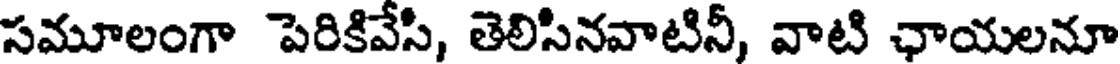
సమూలంగా పెరికివేసి, తెలిసినవాటినీ, వాటి ఛాయలనూ